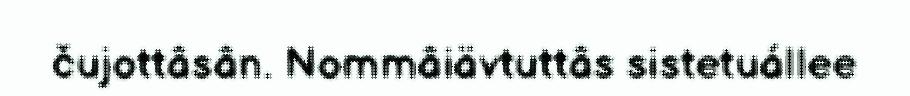
čujottâsân. Nommâiävtuttâs sistetuállee